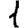
Digit: 1